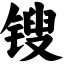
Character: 锼